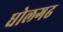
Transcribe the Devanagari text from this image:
धोलगढ